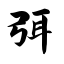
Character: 弭